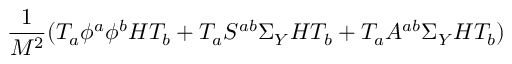
{ \frac { 1 } { M ^ { 2 } } } ( T _ { a } \phi ^ { a } \phi ^ { b } H T _ { b } + T _ { a } S ^ { a b } \Sigma _ { Y } H T _ { b } + T _ { a } A ^ { a b } \Sigma _ { Y } H T _ { b } )